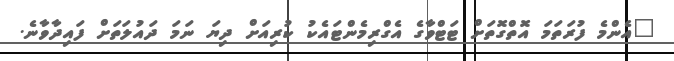
"އެންމެ ފުރަތަމަ އޮތްގޮތަށް ޓަޓްވާގެ އެގްރިމެންޓައެކު ކުރިއަށް ދިޔަ ނަމަ ދައުލަތަށް ފައިދާވާނެ.